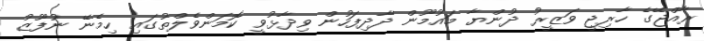
ރާއްޖޭގެ ހާރިޖީ ވަޒީރު ދުންޔާ މައުމޫން ދާދިފަހުން ވިދާޅުވީ ކޮމަންވެލްތުގައި ހިމެނޭ ނުފޫޒު